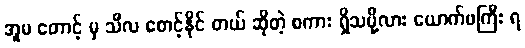
အူမ တောင့် မှ သီလ စောင့်နိုင် တယ် ဆိုတဲ့ စကား ရှိသမို့လား ယောက်ဖကြီး ရ